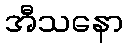
အီသနော